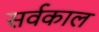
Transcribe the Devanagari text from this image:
सर्वकाल